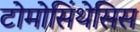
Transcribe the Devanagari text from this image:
टोमोसिंथेसिस